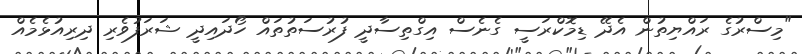
"މިސްރުގެ ރައްޔިތުން އެދޭ ޑިމޮކްރަސީ ގެނެސް އިގްތިސާދީ ފުރުސަތުތައް ހޯދައިދީ ޝަރަފުވެރި ދިރިއުޅެމެއް